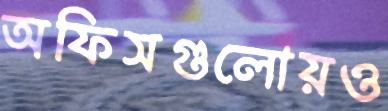
অফিসগুলোয়ও